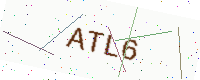
Text: ATL6